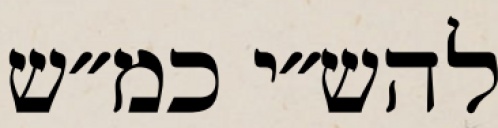
להש״י כמ״ש